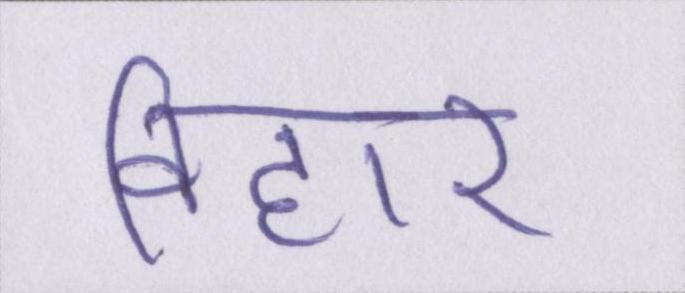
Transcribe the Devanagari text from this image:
विहार